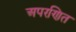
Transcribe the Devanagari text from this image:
अपरणित